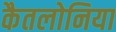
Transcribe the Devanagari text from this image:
कैतलोनिया